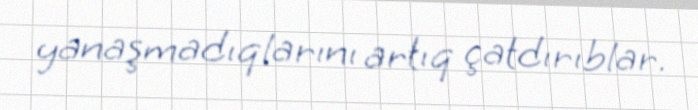
yanaşmadıqlarını artıq çatdırıblar.